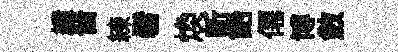
績晋練髫煥斬飴僊博斂